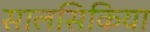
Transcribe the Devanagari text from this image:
सालसिकिया